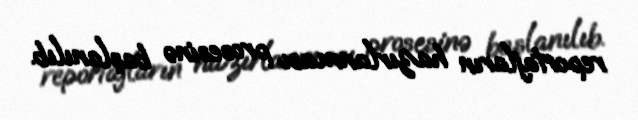
reportajların hazırlanması prosesinə başlanılıb.